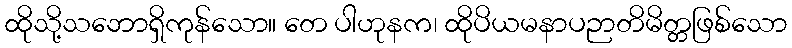
ထိုသို့သဘောရှိကုန်သော။ တေ ပါဟုနက၊ ထိုပိယမနာပဉာတိမိတ္တဖြစ်သော